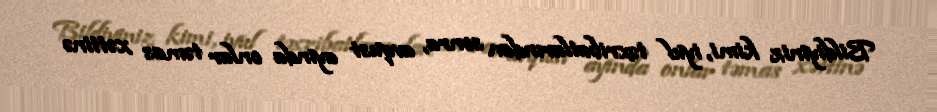
Bildiyiniz kimi, iyul təxribatlarından sonra, avqust ayında onlar təmas xəttinə